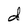
Character: d